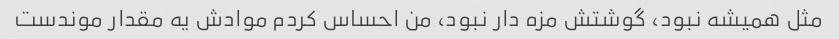
مثل همیشه نبود، گوشتش مزه دار نبود، من احساس کردم موادش یه مقدار موندست